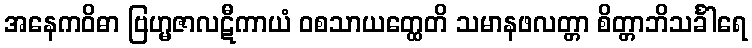
အနေကဝိဓာ ဗြဟ္မဇာလဋီကာယံ ဝစသာယတ္ထေတိ သမာနဖလတ္တာ စိတ္တာဘိသင်္ခါရေ